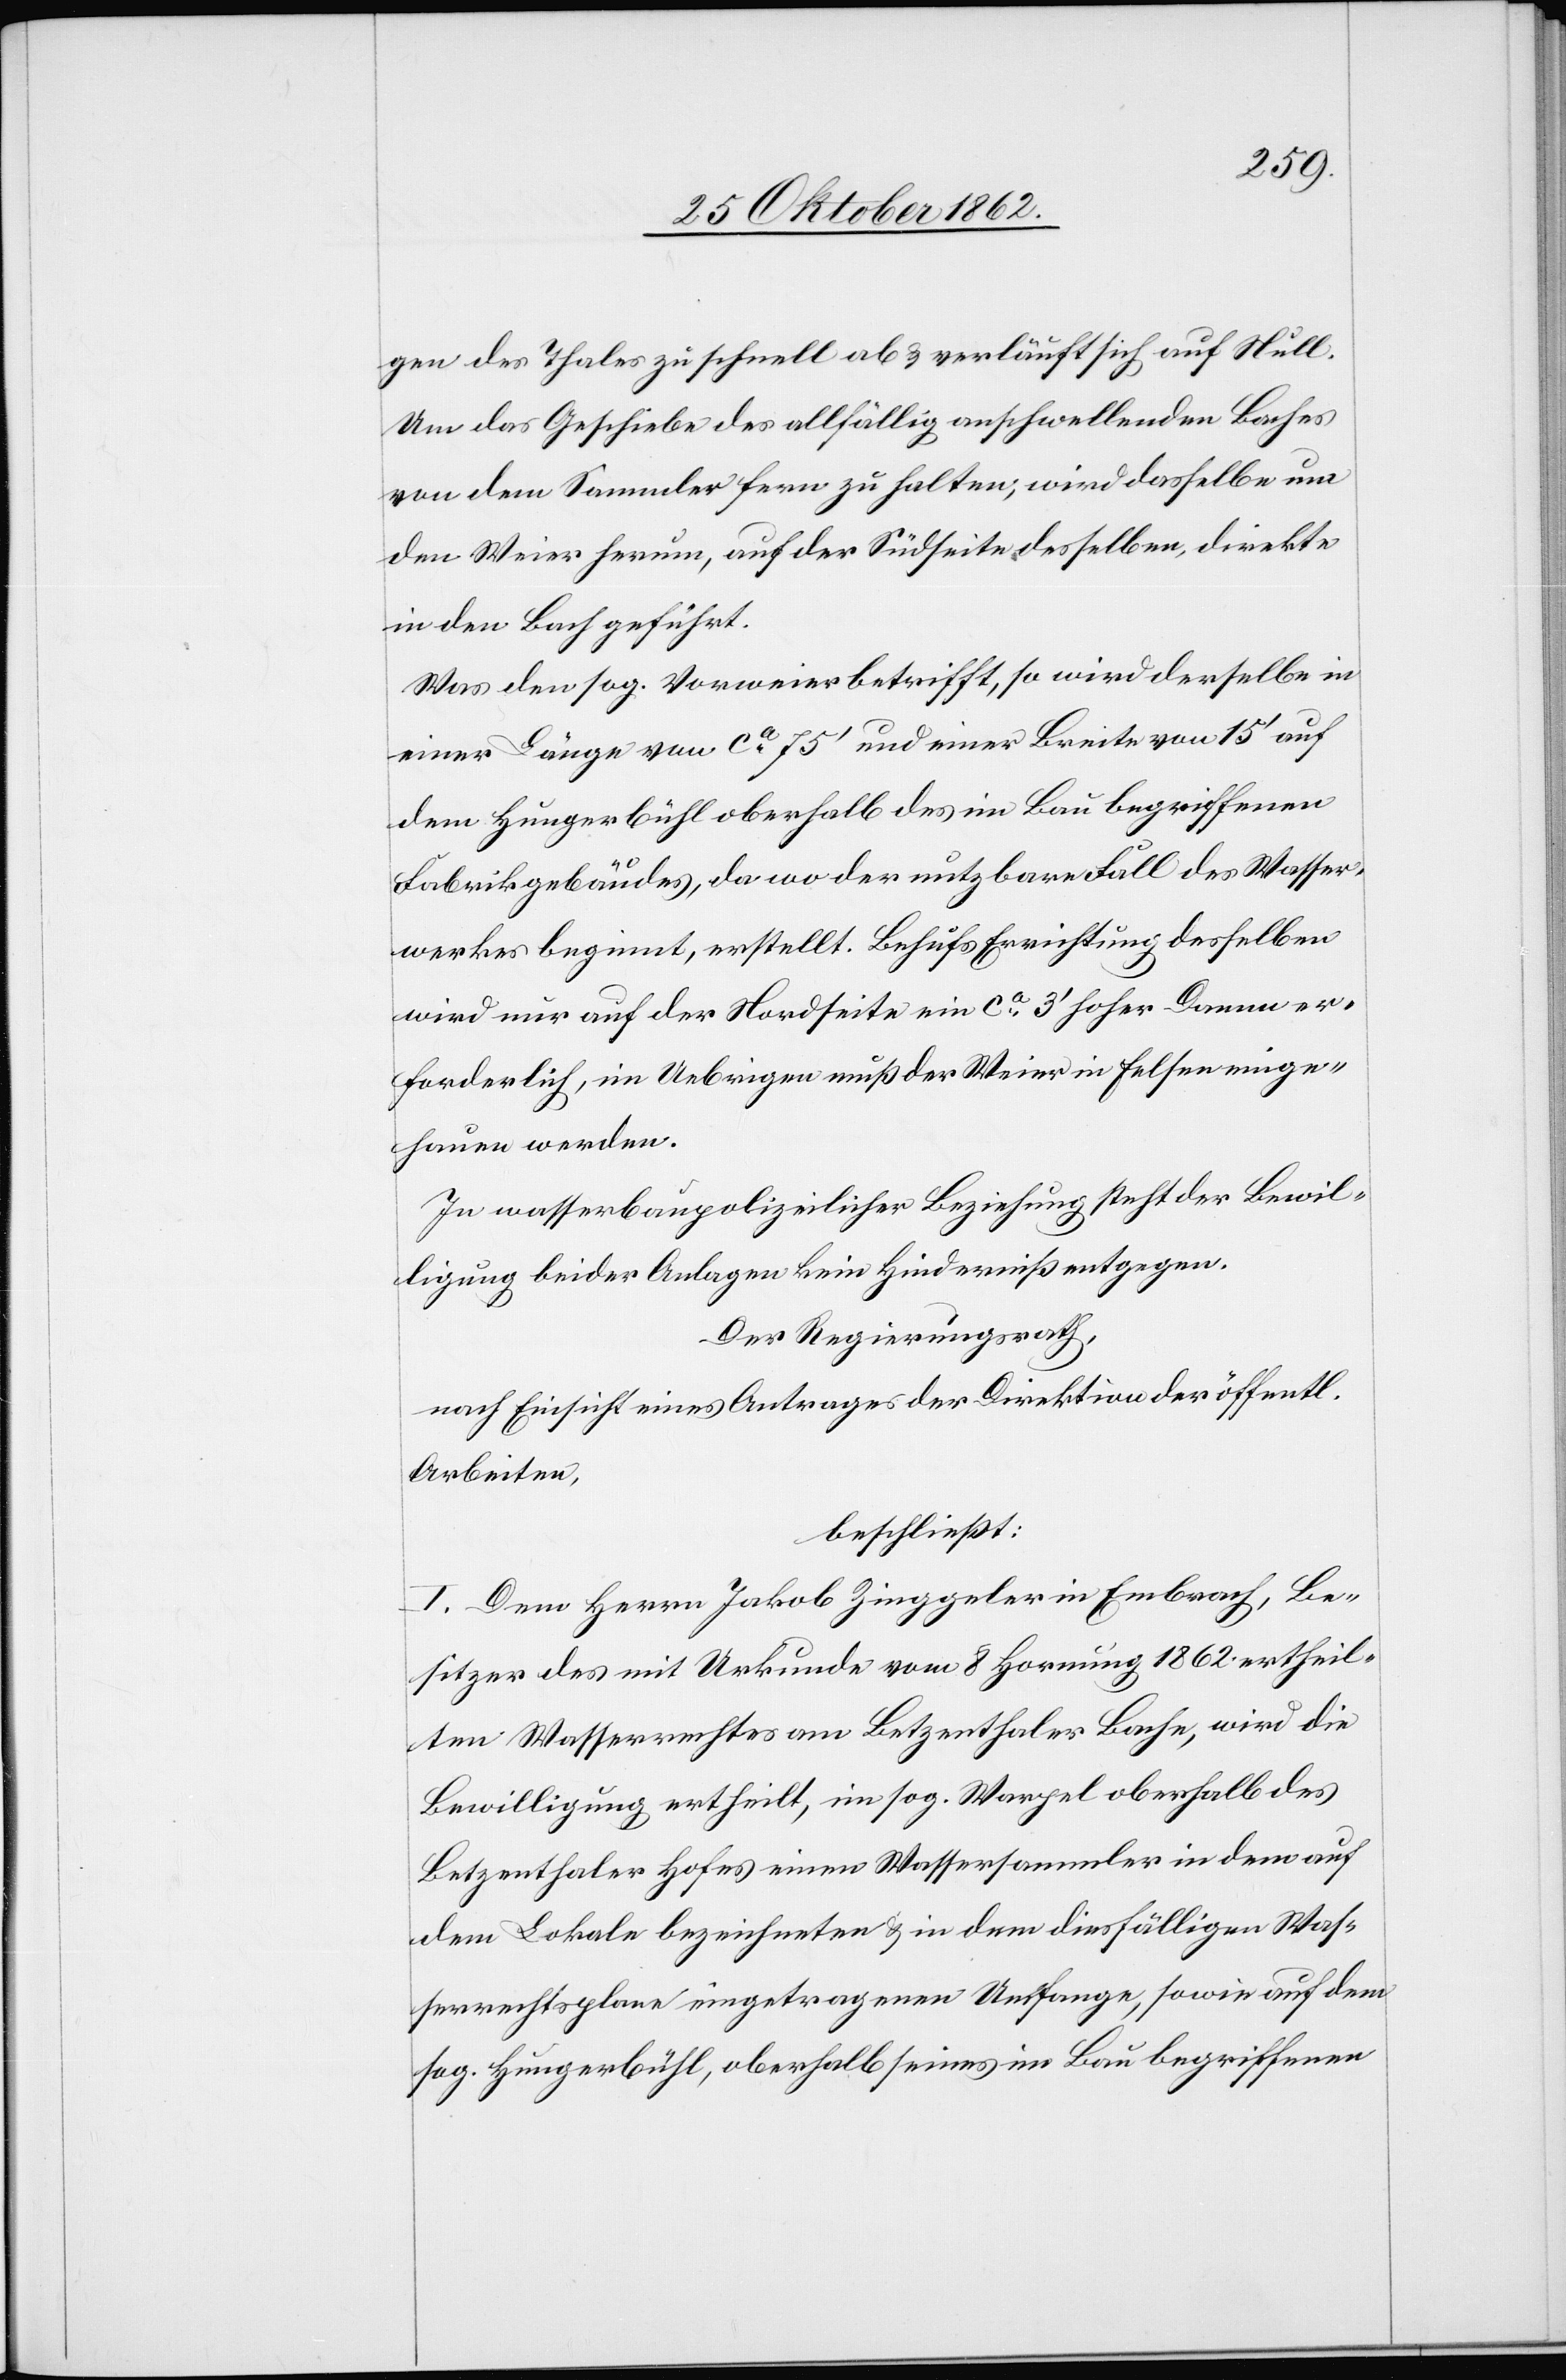
gen des Thales zu schnell ab u. verläuft sich auf Null.
Um das Geschiebe des allfällig anschwellenden Baches
von dem Sammler fern zu halten, wird dasselbe um
den Weier herum, auf der Südseite desselben, direkte
in den Bach geführt.
Was den sog. Vorweier betrifft, so wird derselbe in
einer Länge von ca 75’ und einer Breite von 15’ auf
dem Hungerbühl oberhalb des im Bau begriffenen
Fabrikgebäudes, da wo der nutzbare Fall des Wasser¬
werkes beginnt, erstellt. Behufs Errichtung desselben
wird nur auf der Nordseite ein ca 3’ hoher Damm er¬
forderlich, im Uebrigen muß der Weier in Felsen einge¬
hauen werden.
In wasserbaupolizeilicher Beziehung steht der Bewil¬
ligung beider Anlagen kein Hinderniß entgegen.
Der Regierungsrath,
nach Einsicht eines Antrages der Direktion der öffentl.
Arbeiten,
beschließt:
I. Dem Herrn Jakob Zinggeler in Embrach, Be¬
sitzer des mit Urkunde vom 8. Hornung 1862 ertheil¬
ten Wasserrechtes am Betzenthaler Bache, wird die
Bewilligung ertheilt, im sog. Warpel oberhalb des
Betzenthaler Hofes einen Wassersammler in dem auf
dem Lokale bezeichneten u. in dem diesfälligen Was¬
serrechtsplane eingetragenen Umfange, sowie auf dem
sog. Hungerbühl, oberhalb seines im Bau begriffenen